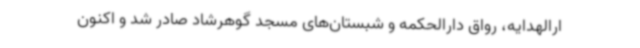
ارالهدایه، رواق دارالحکمه و شبستان‌های مسجد گوهرشاد صادر شد و اکنون